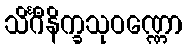
သိင်္ဂီနိက္ခသုဝဏ္ဏော